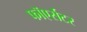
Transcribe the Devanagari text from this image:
फाॅएर्सटर